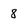
Character: 8